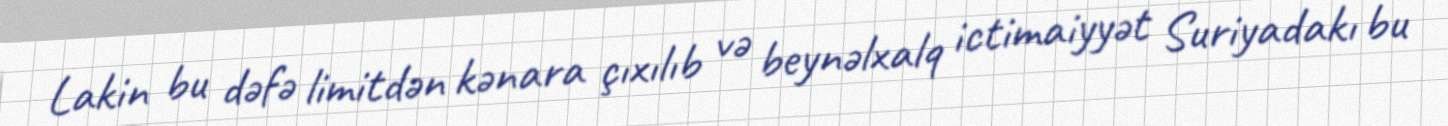
Lakin bu dəfə limitdən kənara çıxılıb və beynəlxalq ictimaiyyət Suriyadakı bu